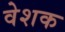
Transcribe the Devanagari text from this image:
वेशक